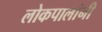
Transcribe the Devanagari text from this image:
लोकपालांनी